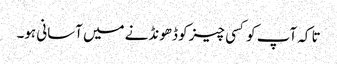
تا کہ آپ کو کسی چیز کو ڈھونڈنے میں آسانی ہو۔